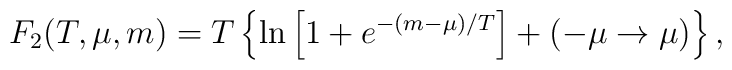
F_2(T,\mu,m)= T\left\{\ln \left[1+e^{-(m-\mu)/T}\right]+                  (-\mu\to \mu)\right\},